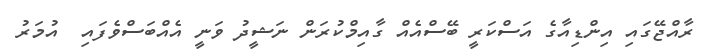
ރާއްޖޭގައި އިންޑިއާގެ އަސްކަރީ ބޭސްއެއް ގާއިމްކުރަން ނަޝީދު ވަނީ އެއްބަސްވެފައި  އުމަރު